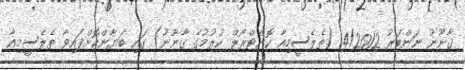
ޤާނޫނު ނަންބަރު 4/2012 (ތެލެސީމިއާ ކޮންޓްރޯލް ކުރުމުގެ ޤާނޫނު) ގައި ބަޔާންކޮށްފައިވާ ތެލެސީމިއާ